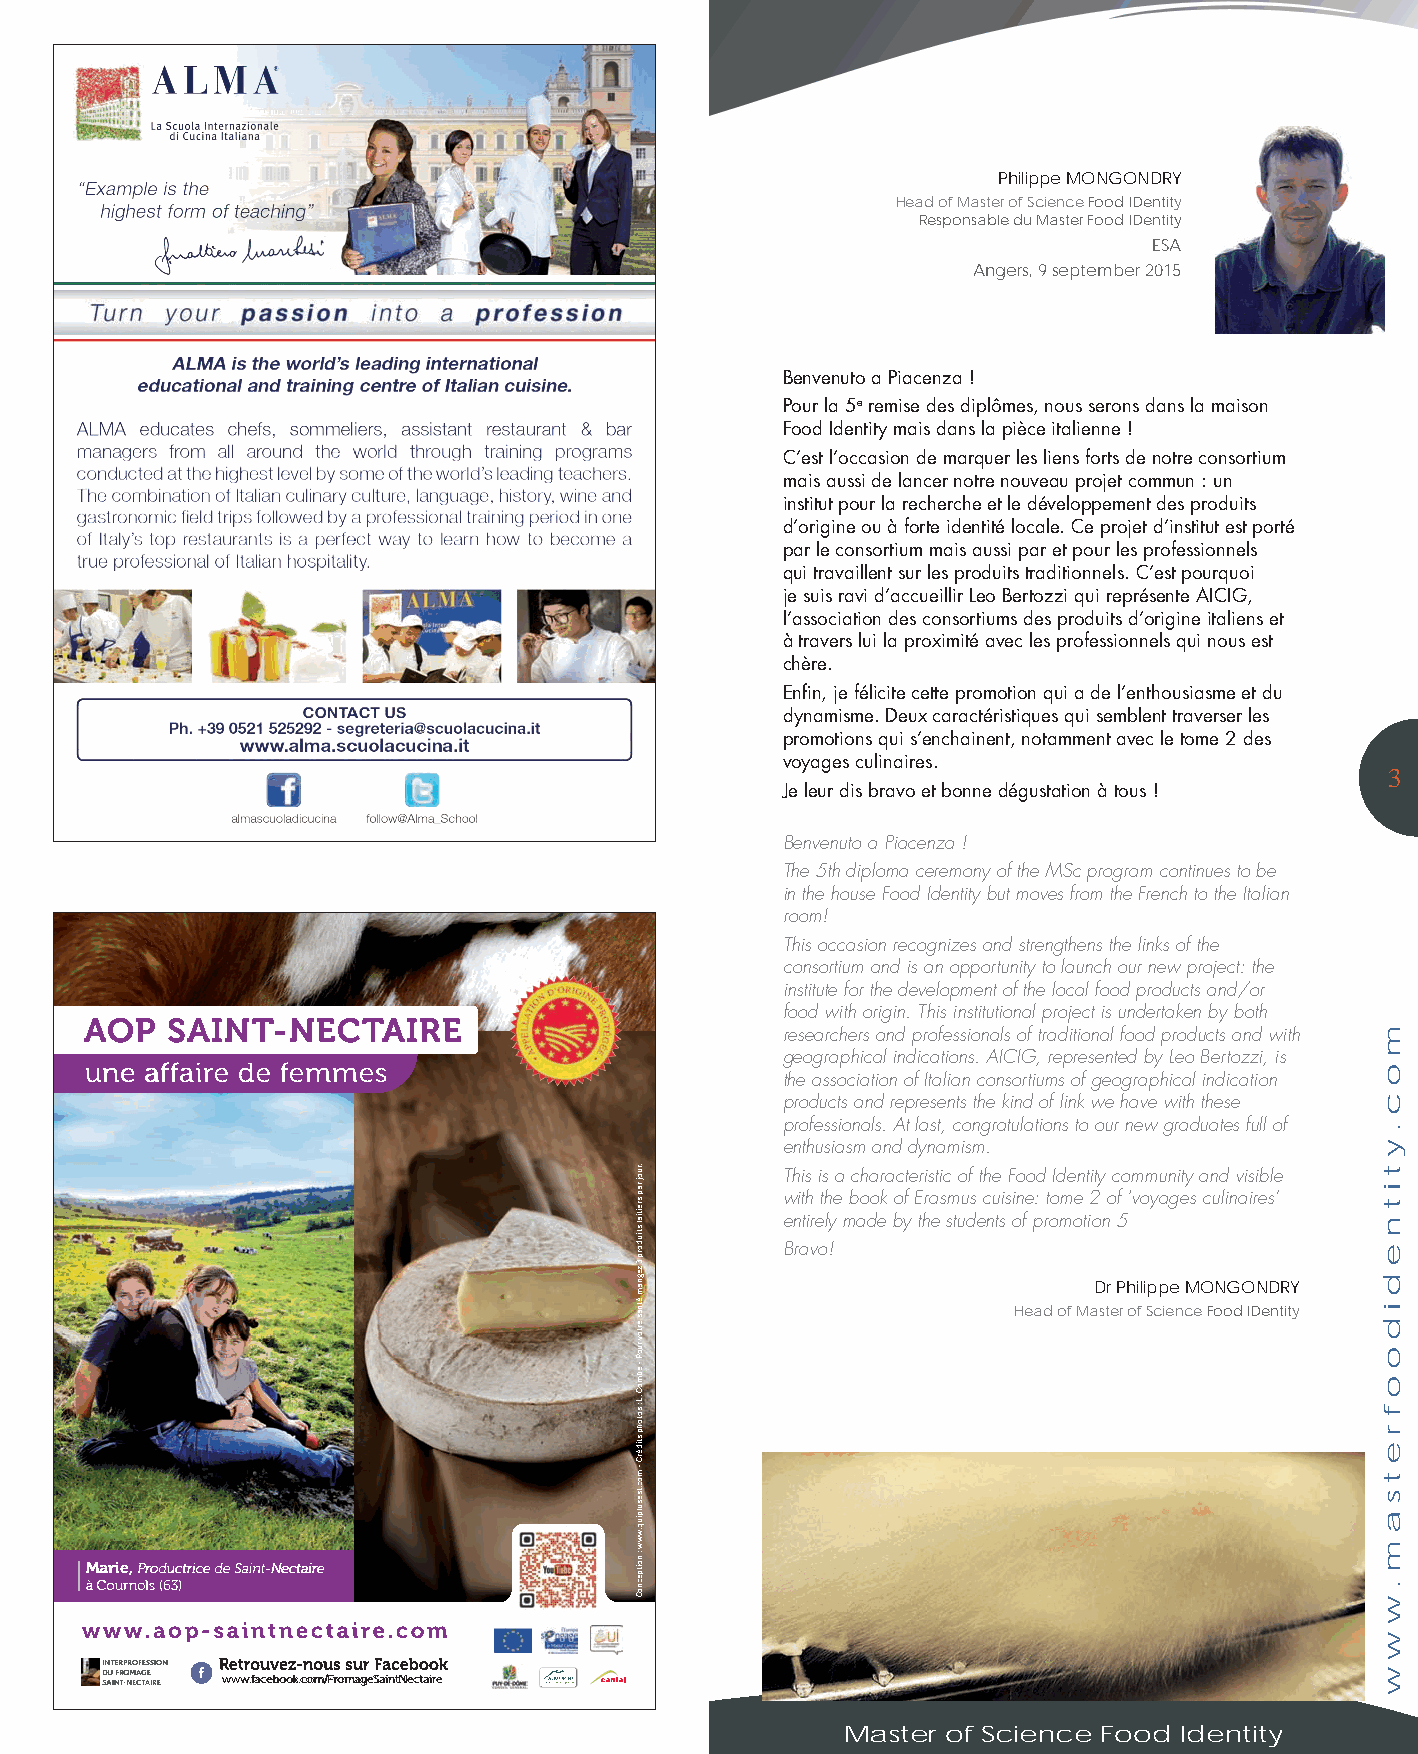
Philippe MONGONDRY
 Head of Master of Science Food IDentity
 Responsable du Master Food IDentity
 ESA
 Angers, 9 september 2015
 Benvenuto a Piacenza !
 Pour la 5e remise des diplômes, nous serons dans la maison
 Food Identity mais dans la pièce italienne !
 C’est l’occasion de marquer les liens forts de notre consortium
 mais aussi de lancer notre nouveau projet commun : un
 institut pour la recherche et le développement des produits
 d’origine ou à forte identité locale. Ce projet d’institut est porté
 par le consortium mais aussi par et pour les professionnels
 qui travaillent sur les produits traditionnels. C’est pourquoi
 je suis ravi d’accueillir Leo Bertozzi qui représente AICIG,
 l’association des consortiums des produits d’origine italiens et
 à travers lui la proximité avec les professionnels qui nous est
 chère.
 Enfin, je félicite cette promotion qui a de l’enthousiasme et du
 dynamisme. Deux caractéristiques qui semblent traverser les
 promotions qui s’enchainent, notamment avec le tome 2 des
 voyages culinaires.
 3
 Je leur dis bravo et bonne dégustation à tous !
 Benvenuto a Piacenza !
 The 5th diploma ceremony of the MSc program continues to be
 in the house Food Identity but moves from the French to the Italian
 room!
 This occasion recognizes and strengthens the links of the
 consortium and is an opportunity to launch our new project: the
 institute for the development of the local food products and/or
 food with origin. This institutional project is undertaken by both
 AOP  SAINT-NECTAIRE
 researchers and professionals of traditional food products and with
 geographical indications. AICIG, represented by Leo Bertozzi, is
 une affaire de femmes
 the association of Italian consortiums of geographical indication
 products and represents the kind of link we have with these
 professionals. At last, congratulations to our new graduates full of
 enthusiasm and dynamism.
 This is a characteristic of the Food Identity community and visible
 with the book of Erasmus cuisine: tome 2 of ‘voyages culinaires’
 entirely made by the students of promotion 5
 Bravo!
 Dr Philippe MONGONDRY
 Head of Master of Science Food IDentity
 Marie, Productrice de Saint-Nectaire
 à Cournols (63)
 www.aop-saintnectaire.com
 InterprofessIon Retrouvez-nous sur Facebook
 d sau I nfr t-o nm eca tg ae Ire www.facebook.com/FromageSaintNectaire
 Master of Science Food Identity
 .ruoj
 rap
 sreitial
 stiudorp
 3
 zegnam
 étnas
 ertov
 ruoP
 - ebmoC
 .L
 : sotohp
 stidérC
 - moc.tsesulpiuq.www
 : noitpecnoC
 m
 o
 c
 .
 y
 t
 i
 t
 n
 e
 d
 i
 d
 o
 o
 f
 r
 e
 t
 s
 a
 m
 .
 w
 w
 w